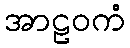
အာဠဝကံ